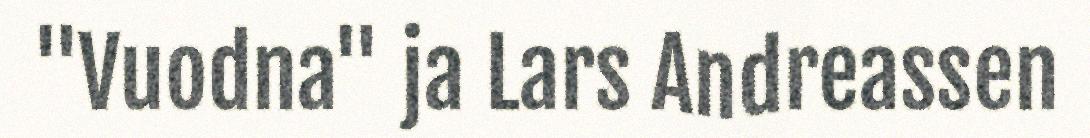
"Vuodna" ja Lars Andreassen